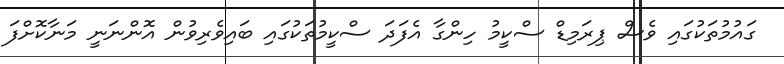
ގައުމުތަކުގައި ވެސް ޕިރަމިޑް ސްކީމު ހިންގާ އެފަދަ ސްކީމުތަކުގައި ބައިވެރިވުން އޮންނަނީ މަނާކޮށްފަ